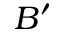
B ^ { \prime }